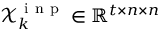
\mathcal { X } _ { k } ^ { \mathrm { ~ i ~ n ~ p ~ } } \in \mathbb { R } ^ { t \times n \times n }